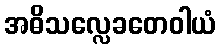
အဓိသလ္လေခတေဝါယံ